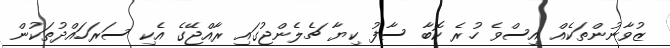
ޒުވާނުންތަކެއް އިސްވެ ހުރެ ކޮބާ ސާފު ކިޔާ ޗެލެންޖުގައި ރާއްޖޭގެ އެކި ސަރަހައްދުތަކުން